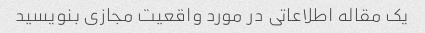
یک مقاله اطلاعاتی در مورد واقعیت مجازی بنویسید